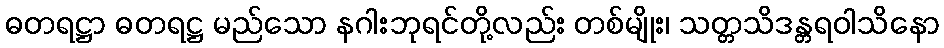
ဓတရဋ္ဌာ ဓတရဋ္ဌ မည်သော နဂါးဘုရင်တို့လည်း တစ်မျိုး၊ သတ္တသိဒန္တရဝါသိနော